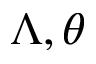
\Lambda , \theta